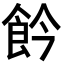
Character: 𩚕